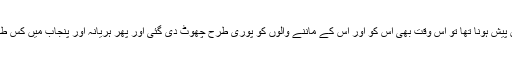
یہاں تک کہ جب دو سادھویوں کی عصمت دری کے معاملے میں اسے عدالت میں پیش ہونا تھا تو اس وقت بھی اس کو اور اس کے ماننے والوں کو پوری طرح چھوٹ دی گئی اور پھر ہریانہ اور پنجاب میں کس طرح تباہی مچی اور جان و مال کا نقصان ہوا اس سے پوری دنیا واقف ہو چکی ہے۔